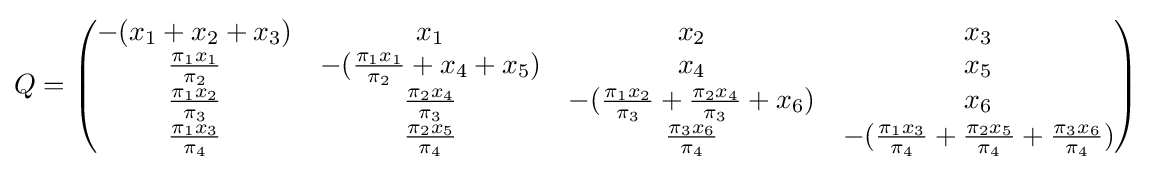
Q={\begin{pmatrix}{-(x_{1}+x_{2}+x_{3})}&x_{1}&x_{2}&x_{3}\\{\pi _{1}x_{1} \over \pi _{2}}&{-({\pi _{1}x_{1} \over \pi _{2}}+x_{4}+x_{5})}&x_{4}&x_{5}\\{\pi _{1}x_{2} \over \pi _{3}}&{\pi _{2}x_{4} \over \pi _{3}}&{-({\pi _{1}x_{2} \over \pi _{3}}+{\pi _{2}x_{4} \over \pi _{3}}+x_{6})}&x_{6}\\{\pi _{1}x_{3} \over \pi _{4}}&{\pi _{2}x_{5} \over \pi _{4}}&{\pi _{3}x_{6} \over \pi _{4}}&{-({\pi _{1}x_{3} \over \pi _{4}}+{\pi _{2}x_{5} \over \pi _{4}}+{\pi _{3}x_{6} \over \pi _{4}})}\end{pmatrix}}